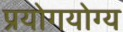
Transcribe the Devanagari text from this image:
प्रयोगयोग्य